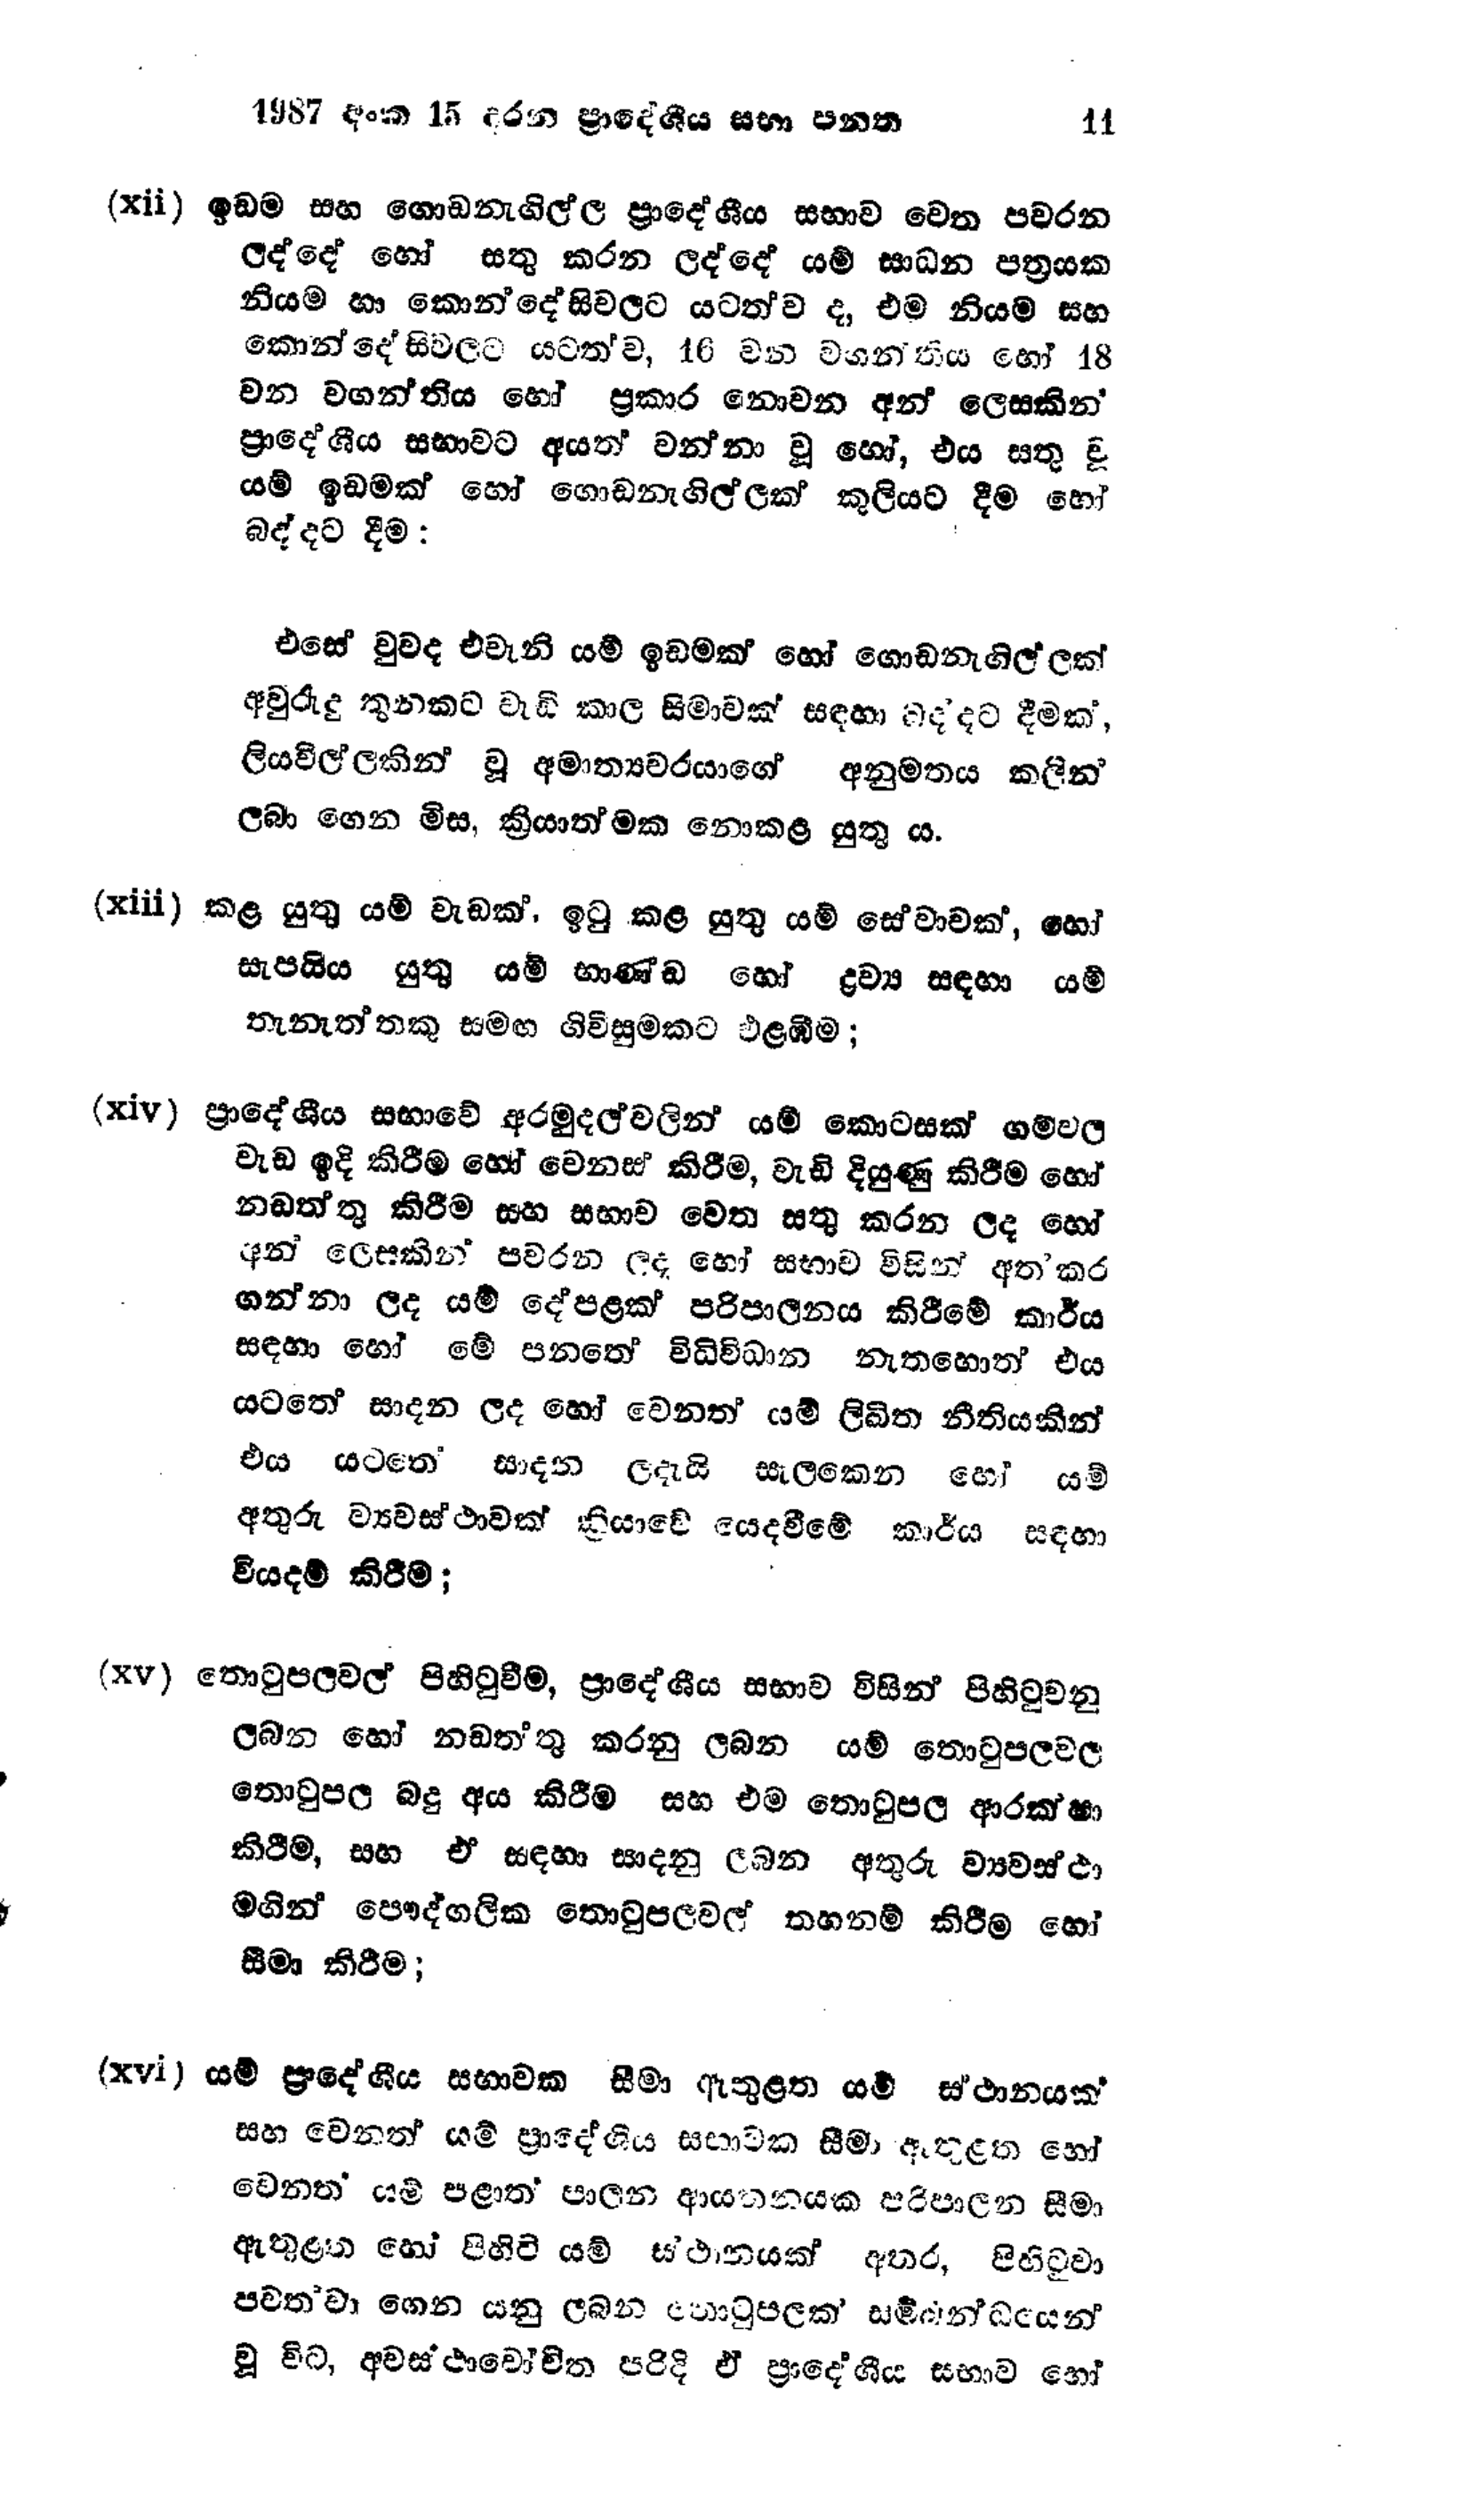
1987 අංක 15 දරන ප්‍රාදේශීය සභා පනත 11

(xii) ඉඩම සහ ගොඩනැගිල්ල ප්‍රාදේශීය සභාව වෙත පවරන
ලද්දේ හෝ සතු කරන ලද්දේ යම් සාධන පත්‍රයක
නියම හා කොන්දේසිවලට යටත්ව ද, එම නියම සහ
කොන්දේසිවලට යටත්ව, 16 වන වහන්තිය හෝ 18
වන වගන්තිය හෝ ප්‍රකාර නොවන අන් ලෙසකින්
ප්‍රාදේශීය සභාවට අයත් වන්නා වූ හෝ, එය සතු වූ
යම් ඉඩමක් ගොඩනැගිල්ලක් කුලියට දීම හෝ
බද්දට දීම:

එසේ වුවද එවැනි යම් ඉඩමක් හෝ ගොඩනැගිල්ලක්
අවුරුදු තුනකට වැඩි කාල සීමාවක් සඳහා බද්දට දීමක්,
ලියවිල්ලකින් වූ අමාත්‍යවරයාගේ අනුමතය කලින්
ලබා ගෙන මිස, ක්‍රියාත්මක නොකළ යුතු ය.

(xiii) කළ යුතු යම් වැඩක්, ඉටු කළ යුතු යම් සේවාවක්, හෝ
සැපයිය යුතු යම් භාණ්ඩ හෝ ද්‍රව්‍ය සඳහා යම්
තැනැත්තකු සමඟ ගිවිසුමකට එළඹීම;

(xiv) ප්‍රාදේශීය සභාවේ අරමුදල්වලින් යම් කොටසක් ගම්වල
වැඩ ඉදි කිරීම හෝ වෙනස් කිරීම, වැඩි දියුණු කිරීම හෝ
නඩත්තු කිරීම සහ සභාව වෙත සතු කරන ලද හෝ
අන් ලෙසකින් පවරන ලද හෝ සභාව විසින් අත්කර
ගන්නා ලද යම් දේපළක පරිපාලනය කිරීමේ කාර්ය
සඳහා හෝ මේ පනතේ විධිවිධාන නැතහොත් එය
යටතේ සාදන ලද හෝ වෙනත් යම් ලිඛිත නීතියකින්
එය යටතේ සාදන ලදැයි සැලකෙන හෝ යම්
අතුරු ව්‍යවස්ථාවක් ක්‍රියාවේ යෙදවීමේ කාර්ය සඳහා
වියදම් කිරීම;

(xv) තොටුපලවල් පිහිටුවීම, ප්‍රාදේශීය සභාව විසින් පිහිටුවනු
ලබන හෝ නඩත්තු කරනු ලබන යම් තොටුපලවල
තොටුපල බදු අය කිරීම සහ එම තොටුපල ආරක්ෂා
කිරීම, සහ ඒ සඳහා සාදනු ලබන අතුරු ව්‍යවස්ථා
මගින් පෞද්ගලික තොටුපලවල් තහනම් කිරීම හෝ
සීමා කිරීම;

(xvi) යම් ප්‍රාදේශීය සභාවක සීමා ඇතුළත යම් ස්ථානයක්
සහ වෙනත් යම් ප්‍රාදේශීය සභාවක සීමා ඇතුළත හෝ
වෙනත් යම් පළාත් පාලන ආයතනයක පරිපාලන සීමා
ඇතුළත හෝ පිහිටි යම් ස්ථානයක් අතර, පිහිටුවා
පවත්වා ගෙන යනු ලබන තොටුපලක් සම්බන්ධයෙන්
වූ විට, අවස්ථාවෝචිත පරිදි ඒ ප්‍රාදේශීය සභාව හෝ